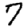
Digit: 7